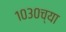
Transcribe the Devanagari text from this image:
१०३०च्या